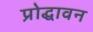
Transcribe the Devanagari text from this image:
प्रोद्धावन